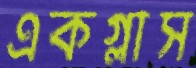
একগ্লাস